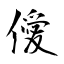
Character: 僾